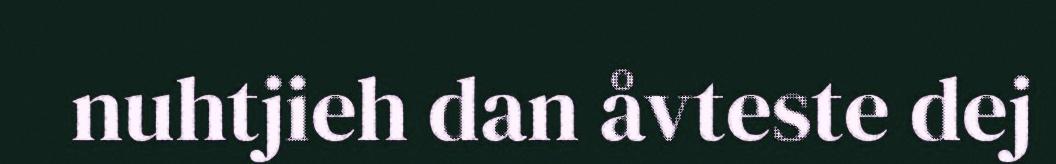
nuhtjieh dan åvteste dej